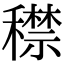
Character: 𥢻